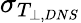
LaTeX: \sigma_{T_{\perp,DNS}}